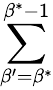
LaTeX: \sum_{\beta^{\prime}=\beta^{*}}^{\beta^{*}-1}